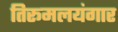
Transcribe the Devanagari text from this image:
तिरूमलयंगार